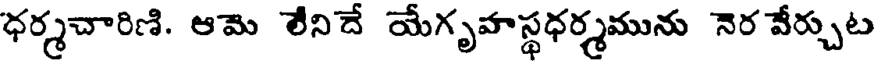
ధర్మచారిణి. ఆమె లేనిదే యేగృహస్థధర్మమును నెర వేర్చుట